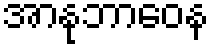
အာနုဘာဝေန